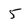
Character: 5